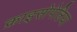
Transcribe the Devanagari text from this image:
क्राइसोपेलिया